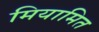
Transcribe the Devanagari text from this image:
मियामित